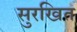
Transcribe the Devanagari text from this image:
सुरखित